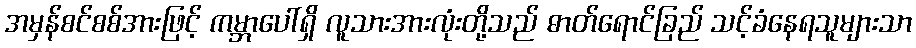
အမှန်စင်စစ်အားဖြင့် ကမ္ဘာပေါ်ရှိ လူသားအားလုံးတို့သည် ဓာတ်ရောင်ခြည် သင့်ခံနေရသူများသာ